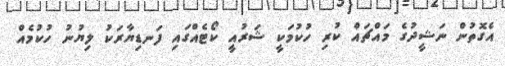
އެގޮތުން ނަޝީދުގެ މައްޗައް ކުރި ހުކުމަކީ ޝަރުއީ ކޯޓެއްގައި ފަނޑިޔާރަކު ލިޔުނު ހުކުމެއް